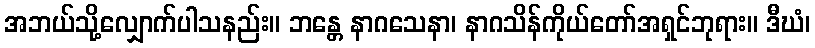
အဘယ်သို့လျှောက်ပါသနည်း။ ဘန္တေ နာဂသေနာ၊ နာဂသိန်ကိုယ်တော်အရှင်ဘုရား။ ဒီဃံ၊